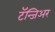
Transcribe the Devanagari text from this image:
टॅन्जिअर